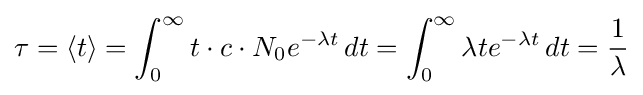
\tau =\langle t\rangle =\int _{0}^{\infty }t\cdot c\cdot N_{0}e^{-\lambda t}\,dt=\int _{0}^{\infty }\lambda te^{-\lambda t}\,dt={\frac {1}{\lambda }}